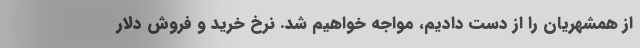
از همشهریان را از دست دادیم، مواجه خواهیم شد. نرخ خرید و فروش دلار